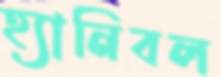
হ্যানিবল